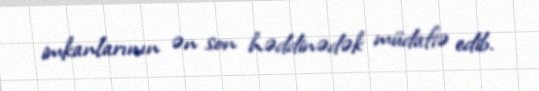
imkanlarının ən son həddinədək müdafiə edib.